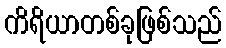
ကိရိယာတစ်ခုဖြစ်သည်